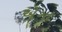
એગા